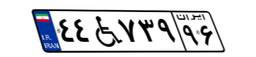
۴۴W۷۳۹۹۶